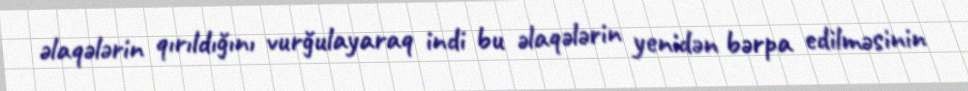
əlaqələrin qırıldığını vurğulayaraq indi bu əlaqələrin yenidən bərpa edilməsinin